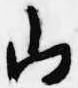
山